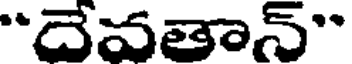
"దేవతాన్"